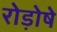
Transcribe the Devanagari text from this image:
रोड़ोषे